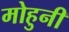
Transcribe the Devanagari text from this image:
मोहुनी